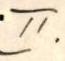
II